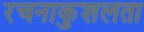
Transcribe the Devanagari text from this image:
रचनाकुशलता